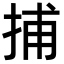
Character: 捕